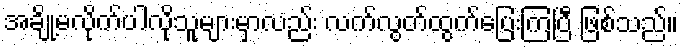
အချို့မလိုက်ပါလိုသူများမှာလည်း လက်လွတ်ထွက်ပြေးကြပြီ ဖြစ်သည်။